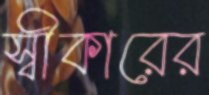
স্বীকারের